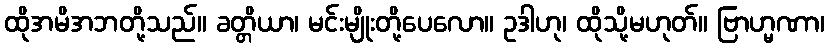
ထိုအမိအဘတို့သည်။ ခတ္တိယာ၊ မင်းမျိုးတို့ပေလော။ ဥဒါဟု၊ ထိုသို့မဟုတ်။ ဗြာဟ္မဏာ၊